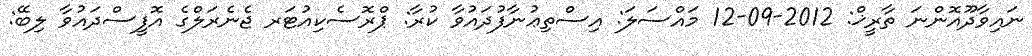
ނައިވާދޫއޮންނަ ތާރީޚް: 2012-09-12 މައްސަލަ: އިސްތިޢުނާފުދައުވާ ކުރާ: ޕްރޮސެކިއުޓަރ ޖެނެރަލްގެ އޮފީސްދައުވާ ލިބޭ: